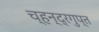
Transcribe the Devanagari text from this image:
च्हन्द्रगुप्त